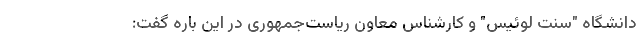
دانشگاه "سنت لوئیس" و کارشناس معاون ریاست‌جمهوری در این باره گفت: